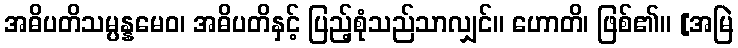
အဓိပတိသမ္ပန္နမေဝ၊ အဓိပတိနှင့် ပြည့်စုံသည်သာလျှင်။ ဟောတိ၊ ဖြစ်၏။ [အမြဲ